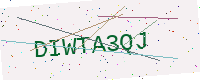
Text: DIWTA3QJ